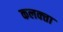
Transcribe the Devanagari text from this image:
कलक्‍त्ता